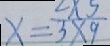
x = \frac { 2 \times 5 } { 3 \times 9 }